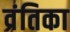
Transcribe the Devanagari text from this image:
व्रंतिका